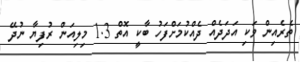
ތެރެއިން ވަކި އަދަދެއް ދެއްކުމަށްފަހު ބާކީ އޮތް 1.3 މިލިއަން ރުފިޔާ ނުދޭ